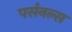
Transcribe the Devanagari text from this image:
पर्सनल्स